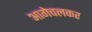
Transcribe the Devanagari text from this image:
आगेचलकर